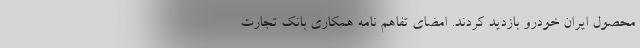
محصول ایران خودرو بازدید کردند. امضای تفاهم نامه همکاری بانک تجارت